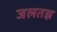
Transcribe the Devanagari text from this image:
जलतज्ञ